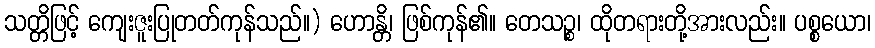
သတ္တိဖြင့် ကျေးဇူးပြုတတ်ကုန်သည်။) ဟောန္တိ၊ ဖြစ်ကုန်၏။ တေသဉ္စ၊ ထိုတရားတို့အားလည်း။ ပစ္စယော၊